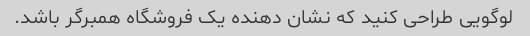
لوگویی طراحی کنید که نشان دهنده یک فروشگاه همبرگر باشد.